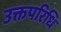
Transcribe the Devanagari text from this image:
उक्तपरिधि